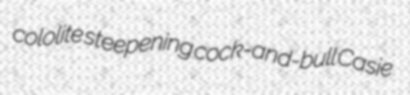
cololite steepening cock-and-bull Casie